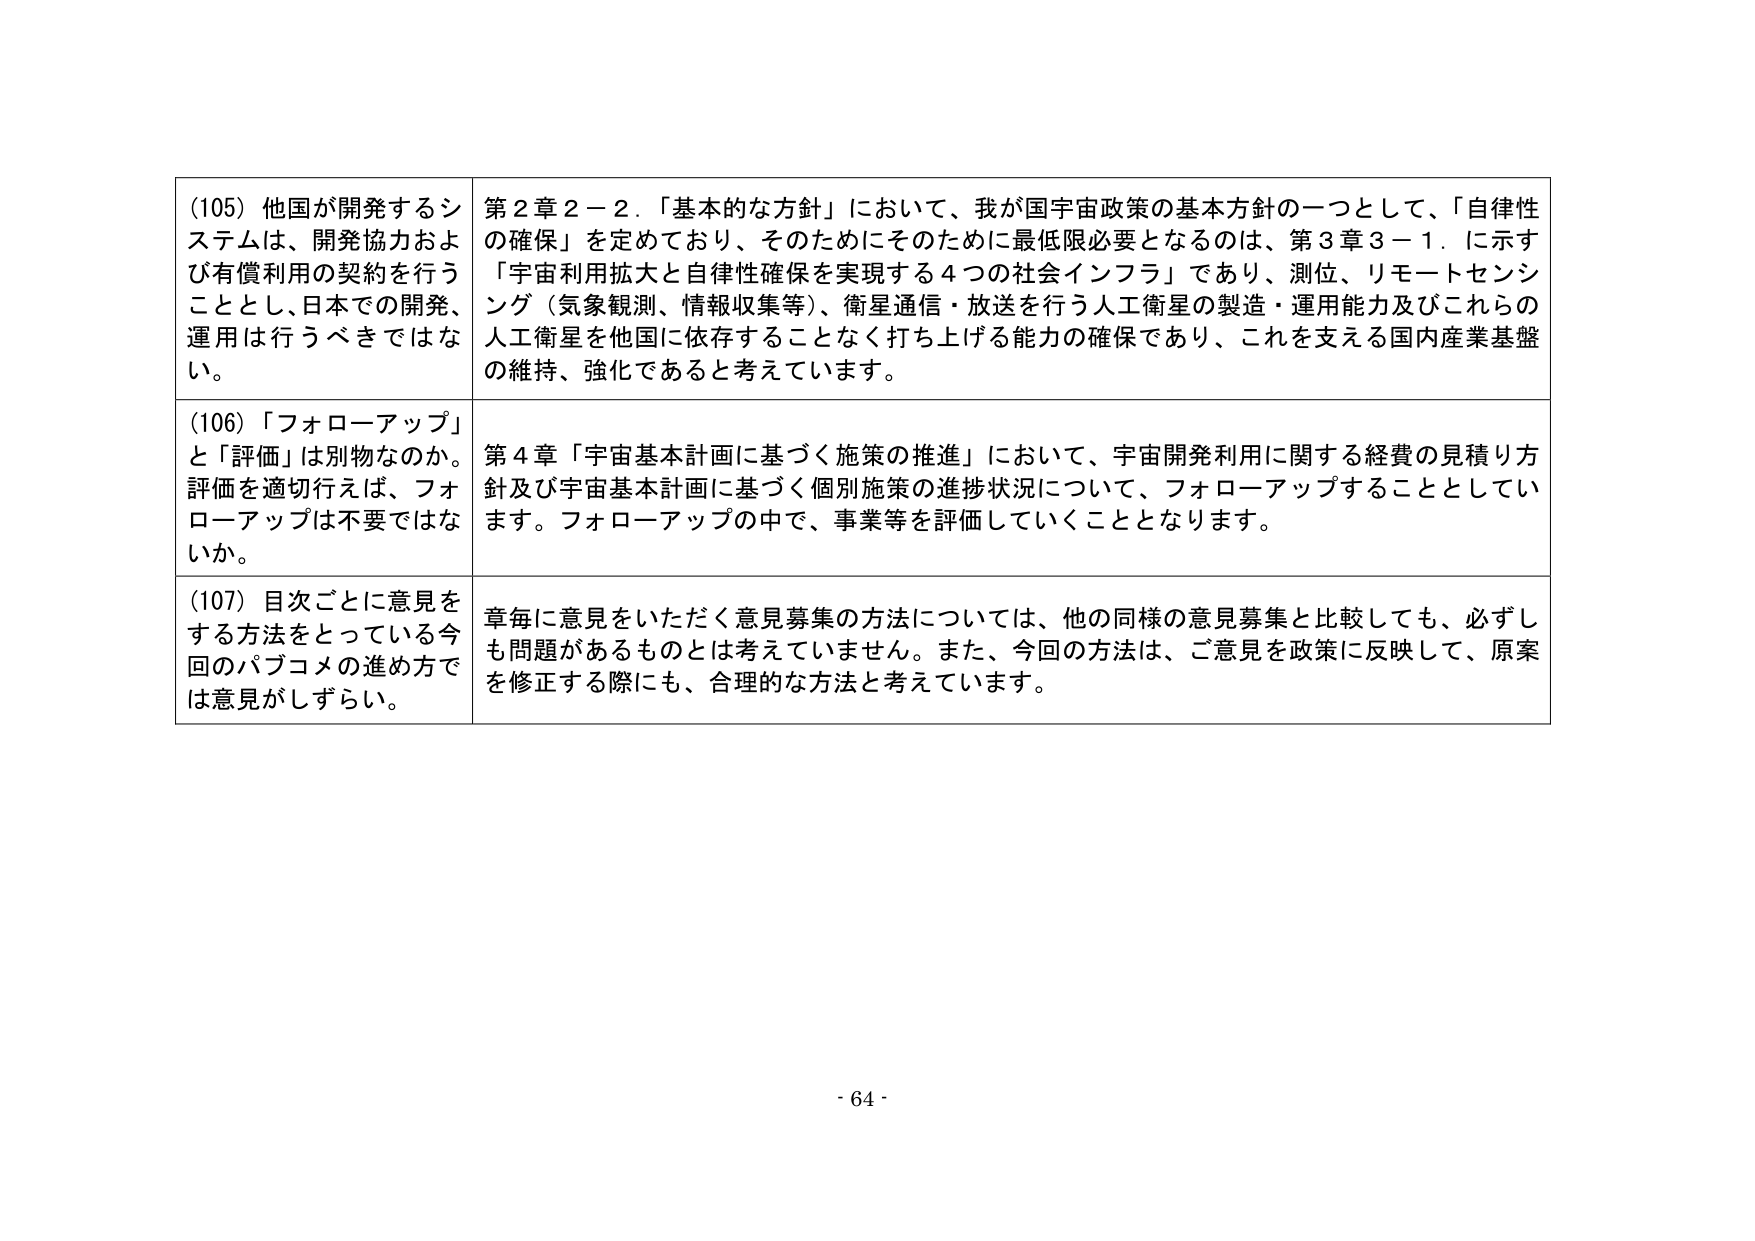
(105) 他国が開発するシステムは、開発協力および有償利用の契約を行うこととし、日本での開発、運用は行うべきではない。

第２章２－２．「基本的な方針」において、我が国宇宙政策の基本方針の一つとして、「自律性の確保」を定めており、そのためにそのために最低限必要となるのは、第３章３－１．に示す「宇宙利用拡大と自律性確保を実現する４つの社会インフラ」であり、測位、リモートセンシング（気象観測、情報収集等）、衛星通信・放送を行う人工衛星の製造・運用能力及びこれら的人工衛星を他国に依存することなく打ち上げる能力の確保であり、これを支える国内産業基盤の維持、強化であると考えています。

(106) 「フォローアップ」と「評価」は別物なのか。評価を適切行えば、フォローアップは不要ではないか。

第４章「宇宙基本計画に基づく施策の推進」において、宇宙開発利用に関する経費の見積り方針及び宇宙基本計画に基づく個別施策の進捗状況について、フォローアップすることとしています。フォローアップの中で、事業等を評価していくこととなります。

(107) 目次ごとに意見をする方法をとっている今回のパブコメの進め方では意見がしずらい。

章毎に意見をいただく意見募集の方法については、他の同様の意見募集と比較しても、必ずしも問題があるものとは考えておりません。また、今回の方法は、ご意見を政策に反映して、原案を修正する際にも、合理的な方法と考えています。

- 64 -